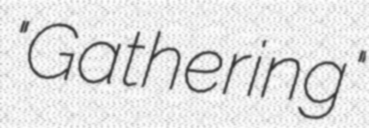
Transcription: "Gathering"